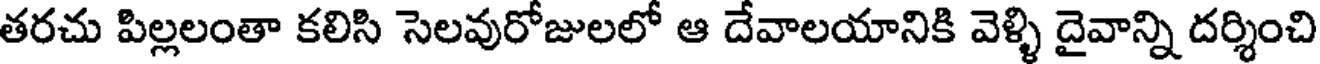
తరచు పిల్లలంతా కలిసి సెలవురోజులలో ఆ దేవాలయానికి వెళ్ళి దైవాన్ని దర్శించి